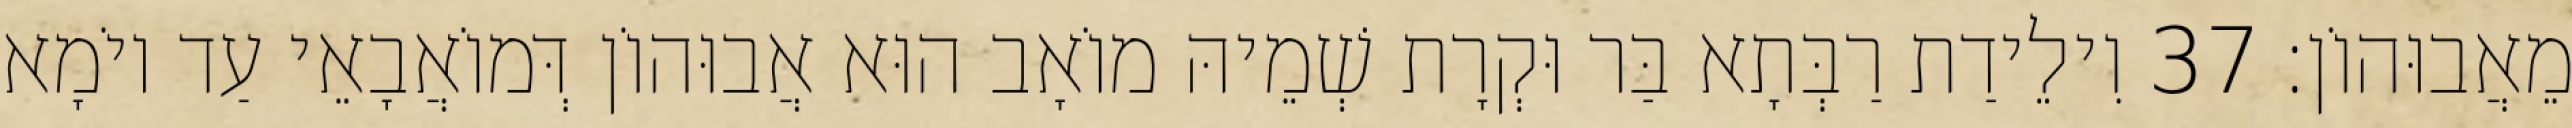
מֵאֲבוּהוֹן׃ 37 וִילֵידַת רַבְּתָא בַּר וּקְרָת שְׁמֵיהּ מוֹאָב הוּא אֲבוּהוֹן דְּמוֹאֲבָאֵי עַד יוֹמָא